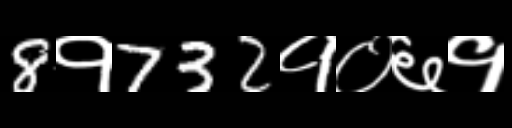
Text: 8१732१०६१